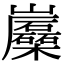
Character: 𡿛